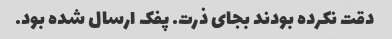
دقت نکرده بودند بجای ذرت. پفک ارسال شده بود.